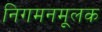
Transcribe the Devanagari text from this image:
निगमनमूलक